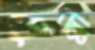
পুন্নী